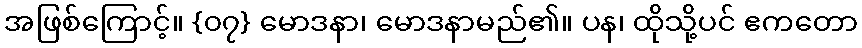
အဖြစ်ကြောင့်။ {၀၇} မောဒနာ၊ မောဒနာမည်၏။ ပန၊ ထိုသို့ပင် ဧကတော